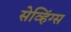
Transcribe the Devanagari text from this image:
सेव्हिंग्स